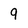
Character: 9